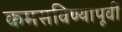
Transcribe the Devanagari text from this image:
कमसविण्यापूर्वी